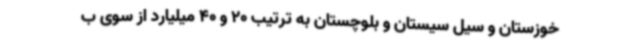
خوزستان و سیل سیستان و بلوچستان به ترتیب 20 و 40 میلیارد از سوی ب